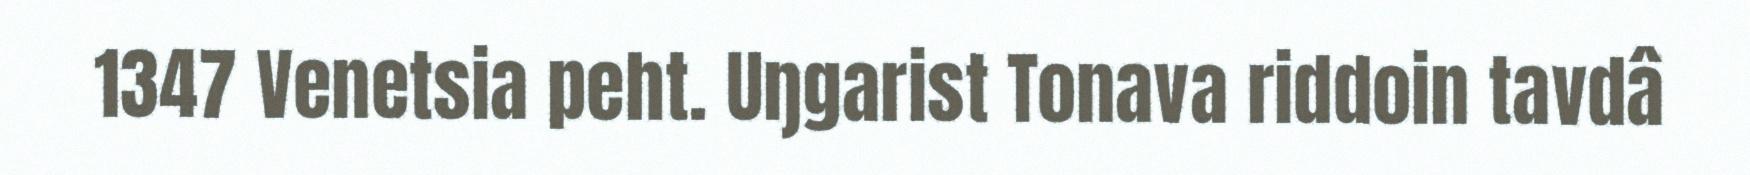
1347 Venetsia peht. Uŋgarist Tonava riddoin tavdâ